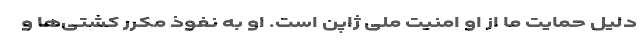
دلیل حمایت ما از او امنیت ملی ژاپن است. او به نفوذ مکرر کشتی‌ها و